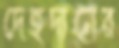
দেহদানের